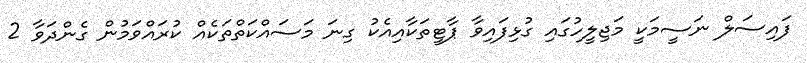
ފައިސަލް ނަސީމަކީ މަޖިލީހުގައި ގުޅިފައިވާ ޕާޓީތަކާއިއެކު ގިނަ މަސައްކަތްތަކެއް ކުރައްވަމުން ގެންދަވާ 2